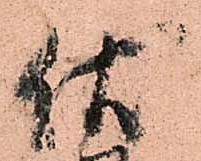
伏